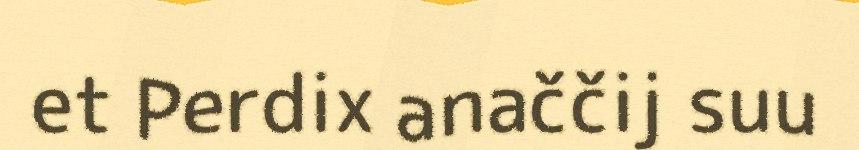
et Perdix anaččij suu